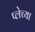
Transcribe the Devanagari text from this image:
प्लेच्या